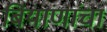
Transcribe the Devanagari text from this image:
बियाणांचा